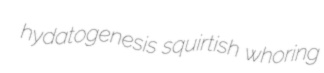
hydatogenesis squirtish whoring